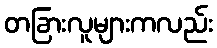
တခြားလူများကလည်း